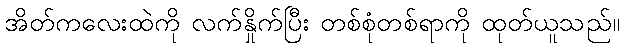
အိတ်ကလေးထဲကို လက်နှိုက်ပြီး တစ်စုံတစ်ရာကို ထုတ်ယူသည်။